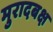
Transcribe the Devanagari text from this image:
मुरादबक्ष